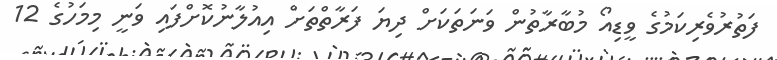
ފަތުރުވެރިކަމުގެ ވީޑިއޯ މުބާރާތުން ވަނަތަކަށް ދިޔަ ފަރާތްތަށް އިއުލާނުކޮށްފައި ވަނީ މިމަހުގެ 12